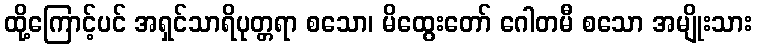
ထို့ကြောင့်ပင် အရှင်သာရိပုတ္တရာ စသော၊ မိထွေးတော် ဂေါတမီ စသော အမျိုးသား